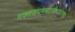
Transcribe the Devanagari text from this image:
भक्तसंघमनोऽभीष्टफलदाय